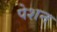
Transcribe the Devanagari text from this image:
पेशन